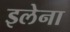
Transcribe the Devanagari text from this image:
इलेना